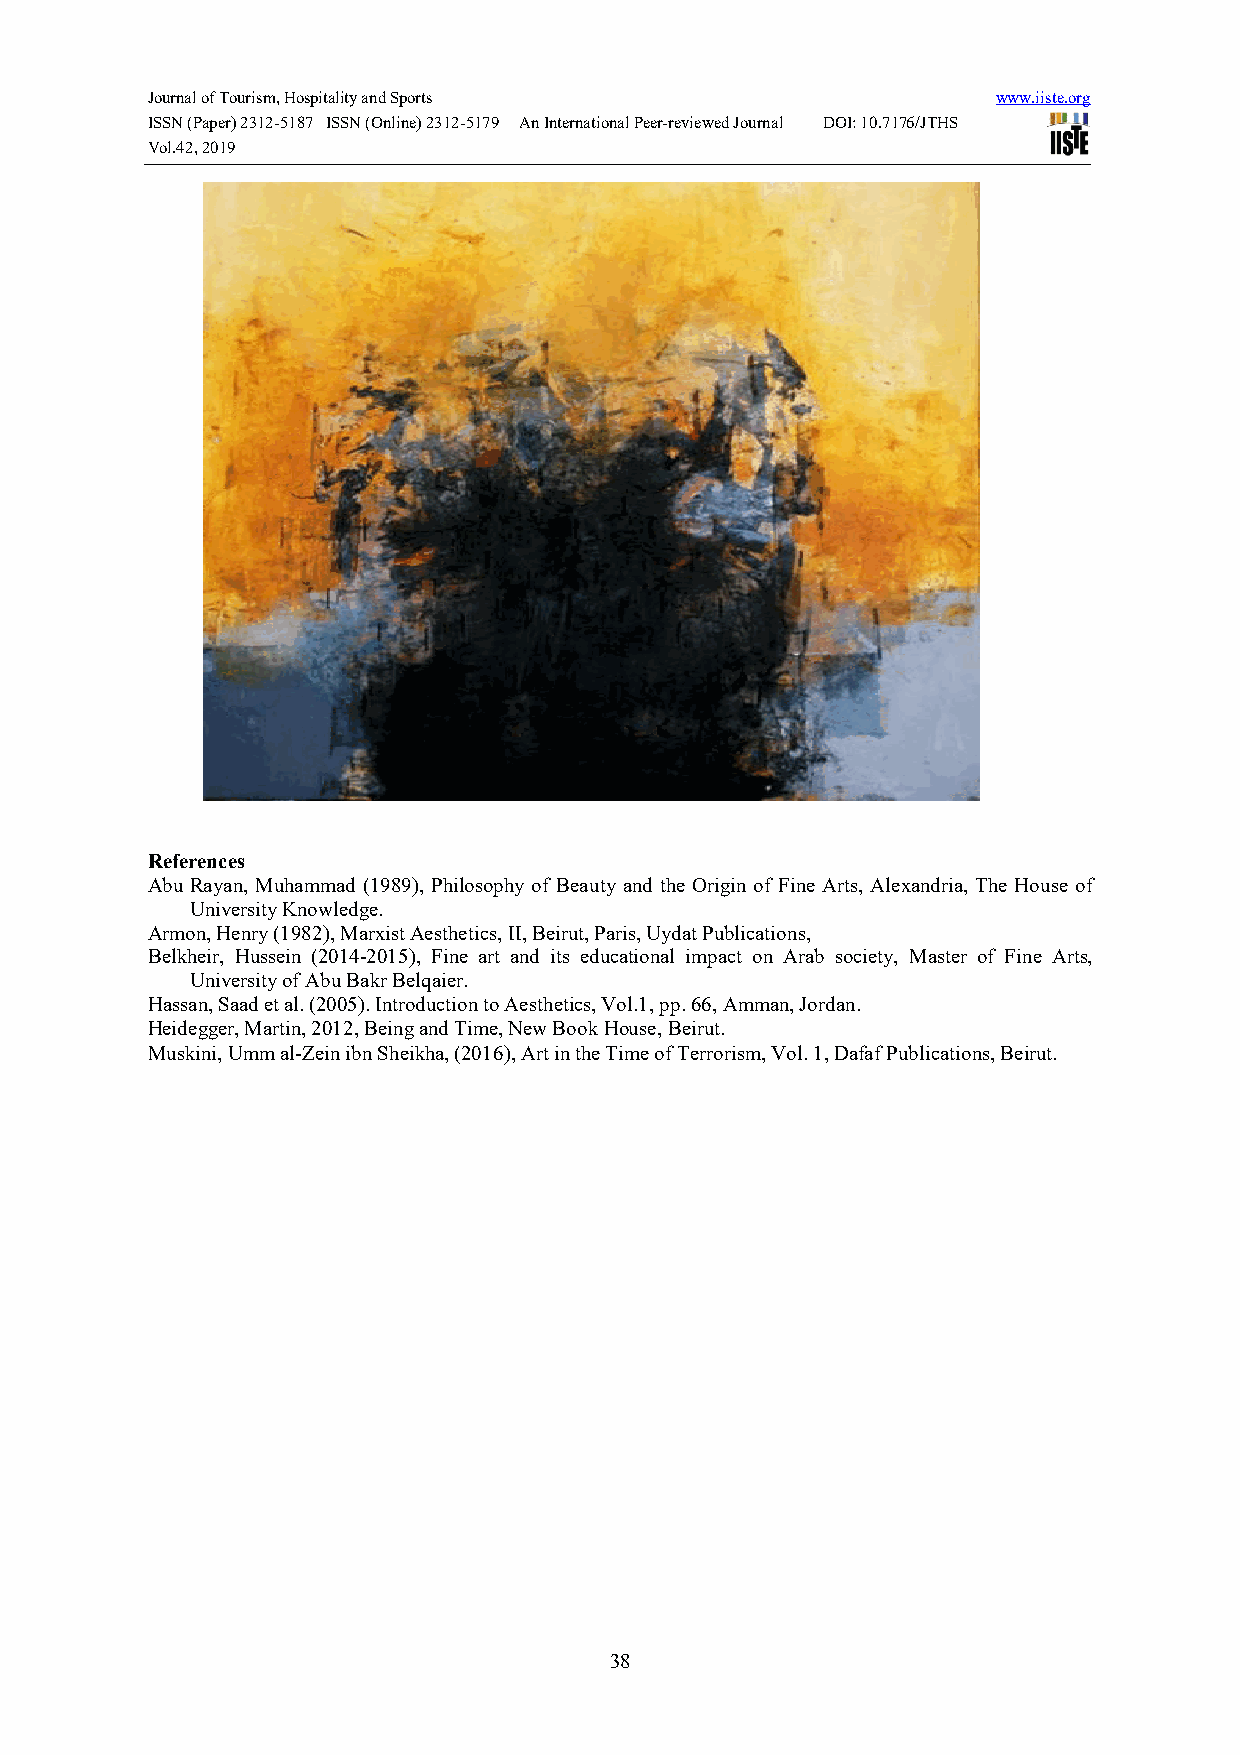
Journal of Tourism, Hospitality and Sports              www.iiste.org
 ISSN (Paper) 2312-5187 ISSN (Online) 2312-5179 An International Peer-reviewed Journal DOI: 10.7176/JTHS
 Vol.42, 2019
 References
 Abu Rayan, Muhammad (1989), Philosophy of Beauty and the Origin of Fine Arts, Alexandria, The House of
 University Knowledge.
 Armon, Henry (1982), Marxist Aesthetics, II, Beirut, Paris, Uydat Publications,
 Belkheir, Hussein (2014-2015), Fine art and its educational impact on Arab society, Master of Fine Arts,
 University of Abu Bakr Belqaier.
 Hassan, Saad et al. (2005). Introduction to Aesthetics, Vol.1, pp. 66, Amman, Jordan.
 Heidegger, Martin, 2012, Being and Time, New Book House, Beirut.
 Muskini, Umm al-Zein ibn Sheikha, (2016), Art in the Time of Terrorism, Vol. 1, Dafaf Publications, Beirut.
 38